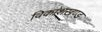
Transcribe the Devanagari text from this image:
विकाशखण्ड